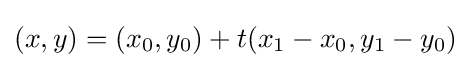
(x,y)=(x_{0},y_{0})+t(x_{1}-x_{0},y_{1}-y_{0})